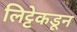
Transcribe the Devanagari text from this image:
लिट्टेकडून